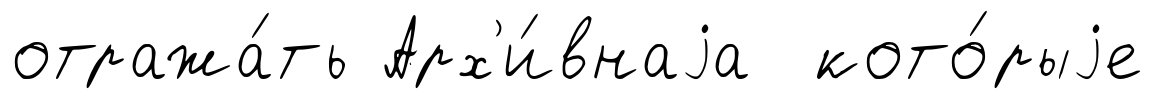
отража́ть Арх'и́внаjа кото́рыjе